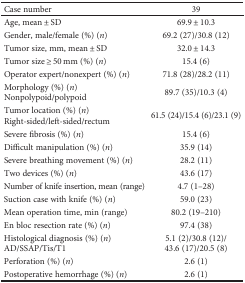
| Case number | 39 |
 | --- | --- |
 | Age, mean ± SD | 69.9 ± 10.3 |
 | Gender, male/female (%) (n) | 69.2 (27)/30.8 (12) |
 | Tumor size, mm, mean ± SD | 32.0 ± 14.3 |
 | Tumor size ≥ 50 mm (%) (n) | 15.4 (6) |
 | Operator expert/nonexpert (%) (n) | 71.8 (28)/28.2 (11) |
 | Morphology (%) (n)Nonpolypoid/polypoid | 89.7 (35)/10.3 (4) |
 | Tumor location (%) (n)Right-sided/left-sided/rectum | 61.5 (24)/15.4 (6)/23.1 (9) |
 | Severe fibrosis (%) (n) | 15.4 (6) |
 | Difficult manipulation (%) (n) | 35.9 (14) |
 | Severe breathing movement (%) (n) | 28.2 (11) |
 | Two devices (%) (n) | 43.6 (17) |
 | Number of knife insertion, mean (range) | 4.7 (1–28) |
 | Suction case with knife (%) (n) | 59.0 (23) |
 | Mean operation time, min (range) | 80.2 (19–210) |
 | En bloc resection rate (%) (n) | 97.4 (38) |
 | Histological diagnosis (%) (n)AD/SSAP/Tis/T1 | 5.1 (2)/30.8 (12)/43.6 (17)/20.5 (8) |
 | Perforation (%) (n) | 2.6 (1) |
 | Postoperative hemorrhage (%) (n) | 2.6 (1) |